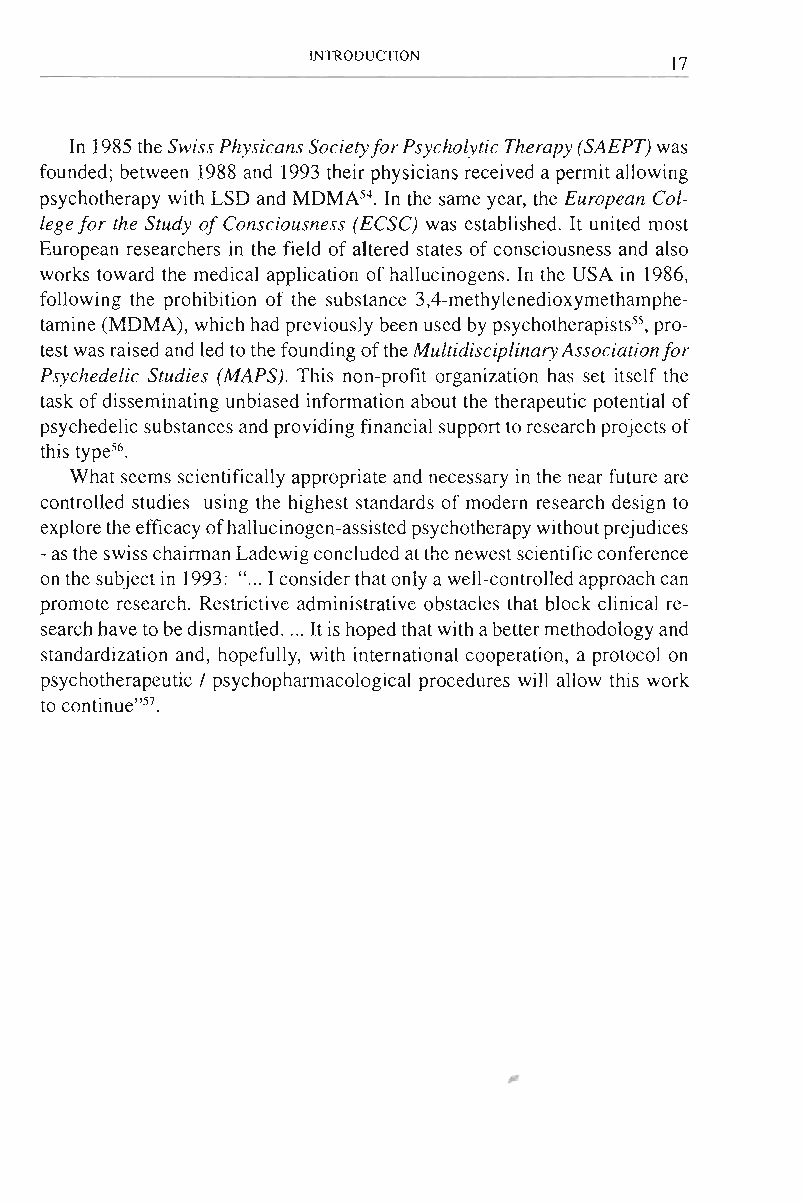
INTRODUCTION
 17
 In 1985 the Swiss Physicans Society for Psycho lytic Therapy (SAEPT) was
 founded; between 1988 and 1993 their physicians received a pennit allowing
 psychotherapy with LSD and MDMN4. In the same year, the European Col­
 lege for the Study of Consciousness (ECSC) was established. It united most
 European researchers in the field of altered states of consciousness and also
 works toward the medical application of hallucinogens. In the USA in 1986,
 following the prohibition of the substance 3,4-methylenedioxymethamphe­
 tamine (MDMA), which had previously been used by psychotherapists", pro­
 test was raised and led to the founding of the Multidisciplinary Associationfor
 Psychedelic Studies (MAPS). This non-profit organization has set itself the
 task of disseminating unbiased infonnation about the therapeutic potential of
 psychedelic substances and providing financial support to research projects of
 56
 this type .
 What seems scientifically appropriate and necessary in the near future are
 controlled studies using the highest standards of modern research design to
 explore the efficacy of hallucinogen-assisted psychotherapy without prejudices
 -as the swiss chainnan Ladewig concluded at the newest scientific conference
 on the subject in 1993: " ... I consider that only a well-controlled approach can
 promote research. Restrictive administrative obstacles that block clinical re­
 search have to be dismantled .... It is hoped that with a better methodology and
 standardization and, hopefully, with international cooperation, a protocol on
 psychotherapeutic / psychophannacological procedures will allow this work
 to continue"57.